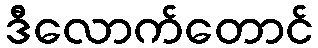
ဒီလောက်တောင်